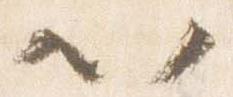
以